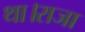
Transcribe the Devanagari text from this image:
था।राजा